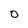
Character: 0